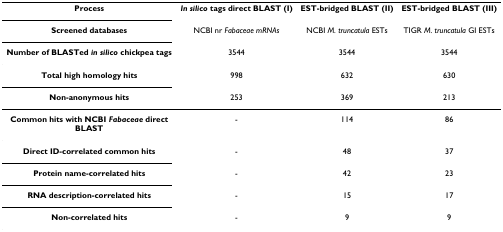
| Process | In silico tags direct BLAST (I) | EST-bridged BLAST (II) | EST-bridged BLAST (III) |
 | Screened databases | NCBI nr Fabaceae mRNAs | NCBI M. truncatula ESTs | TIGR M. truncatula GI ESTs |
 | Number of BLASTed in silico chickpea tags | 3544 | 3544 | 3544 |
 | Total high homology hits | 998 | 632 | 630 |
 | Non-anonymous hits | 253 | 369 | 213 |
 | --- | --- | --- | --- |
 | Common hits with NCBI Fabaceae direct BLAST | - | 114 | 86 |
 | Direct ID-correlated common hits | - | 48 | 37 |
 | Protein name-correlated hits | - | 42 | 23 |
 | RNA description-correlated hits | - | 15 | 17 |
 | Non-correlated hits | - | 9 | 9 |